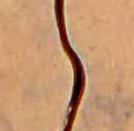
ら